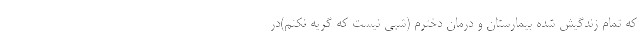
که تمام زندگیش شده بیمارستان و درمان دخترم (شبی نیست که گریه نکنم)در